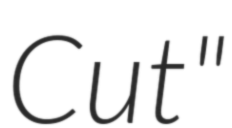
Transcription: Cut"